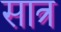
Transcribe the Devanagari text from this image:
सात्र